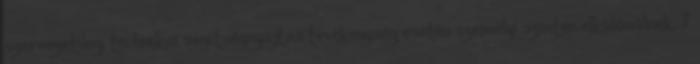
szervezetileg, technikai segítségnyújtás tevékenység esetén személyi szinten elkülönülnek. 7